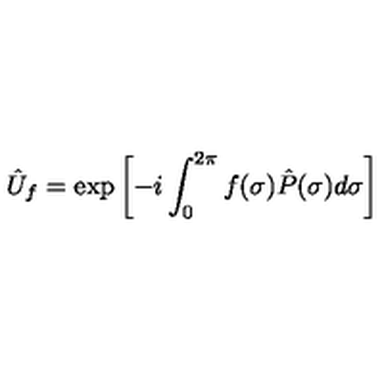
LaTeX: \hat { U } _ { f } = \exp \left[ - i \int _ { 0 } ^ { 2 \pi } f ( \sigma ) \hat { P } ( \sigma ) d \sigma \right]